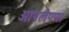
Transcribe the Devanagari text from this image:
आपलेपणा